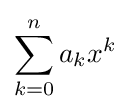
\sum _{k=0}^{n}a_{k}x^{k}